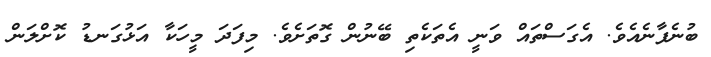
ބުނެފާނެއެވެ. އެގަސްތައް ވަނީ އެތަކެތި ބޭނުން ގޮތަށެވެ. މިފަދަ މީހަކާ އަޅުގަނޑު ކޮށްލަން